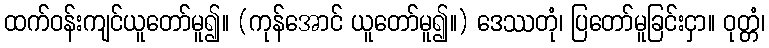
ထက်ဝန်းကျင်ယူတော်မူ၍။ (ကုန်အောင် ယူတော်မူ၍။) ဒေဿတုံ၊ ပြတော်မူခြင်းငှာ။ ဝုတ္တံ၊